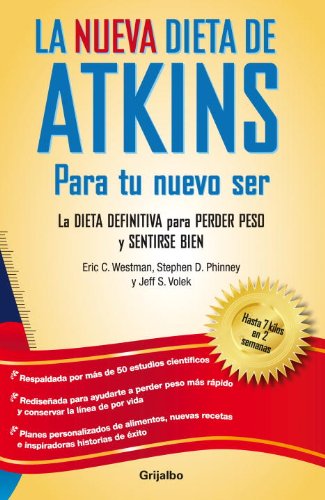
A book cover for Nueva dieta de Atkins (Spanish Edition); Varios; Health, Fitness & Dieting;